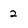
Character: 2